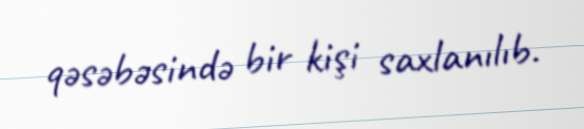
qəsəbəsində bir kişi saxlanılıb.